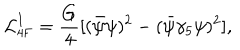
{ \cal L } _ { \mathrm { 4 F } } ^ { I } = \frac { G } { 4 } [ ( \bar { \psi } \psi ) ^ { 2 } - ( \bar { \psi } \gamma _ { 5 } \psi ) ^ { 2 } ] ,